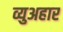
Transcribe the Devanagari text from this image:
व्युअहार